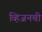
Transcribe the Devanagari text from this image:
व्हिजनची